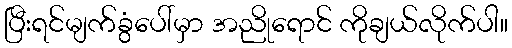
ပြီးရင်မျက်ခွံပေါ်မှာ အညိုရောင် ကိုချယ်လိုက်ပါ။